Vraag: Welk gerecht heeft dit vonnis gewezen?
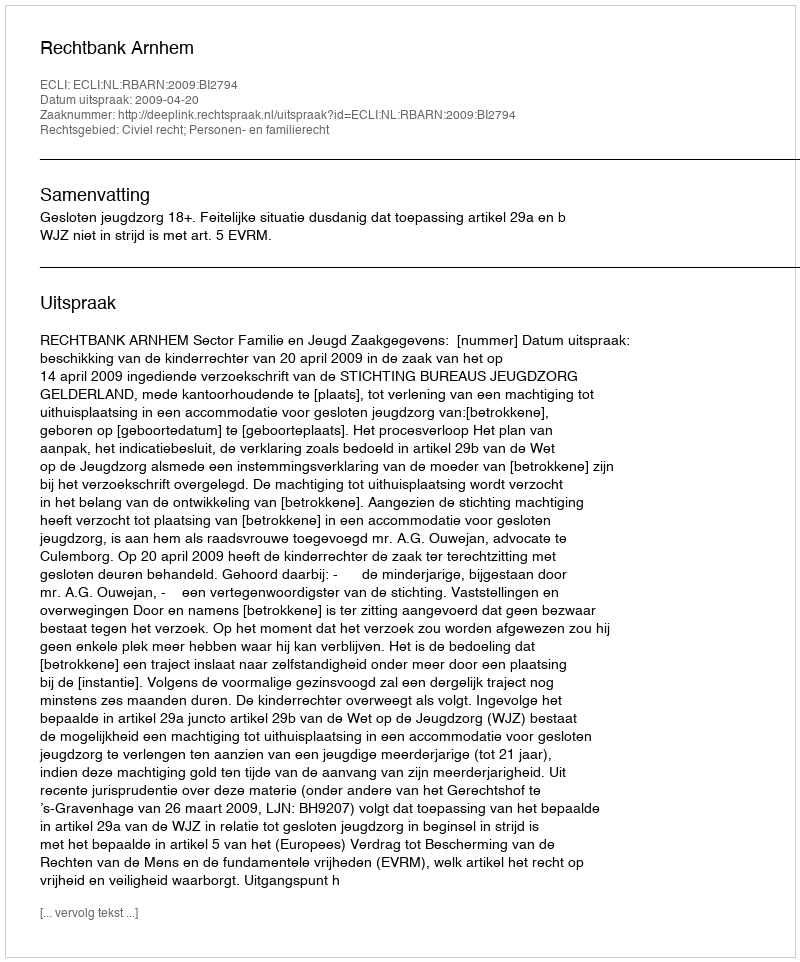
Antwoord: Rechtbank Arnhem